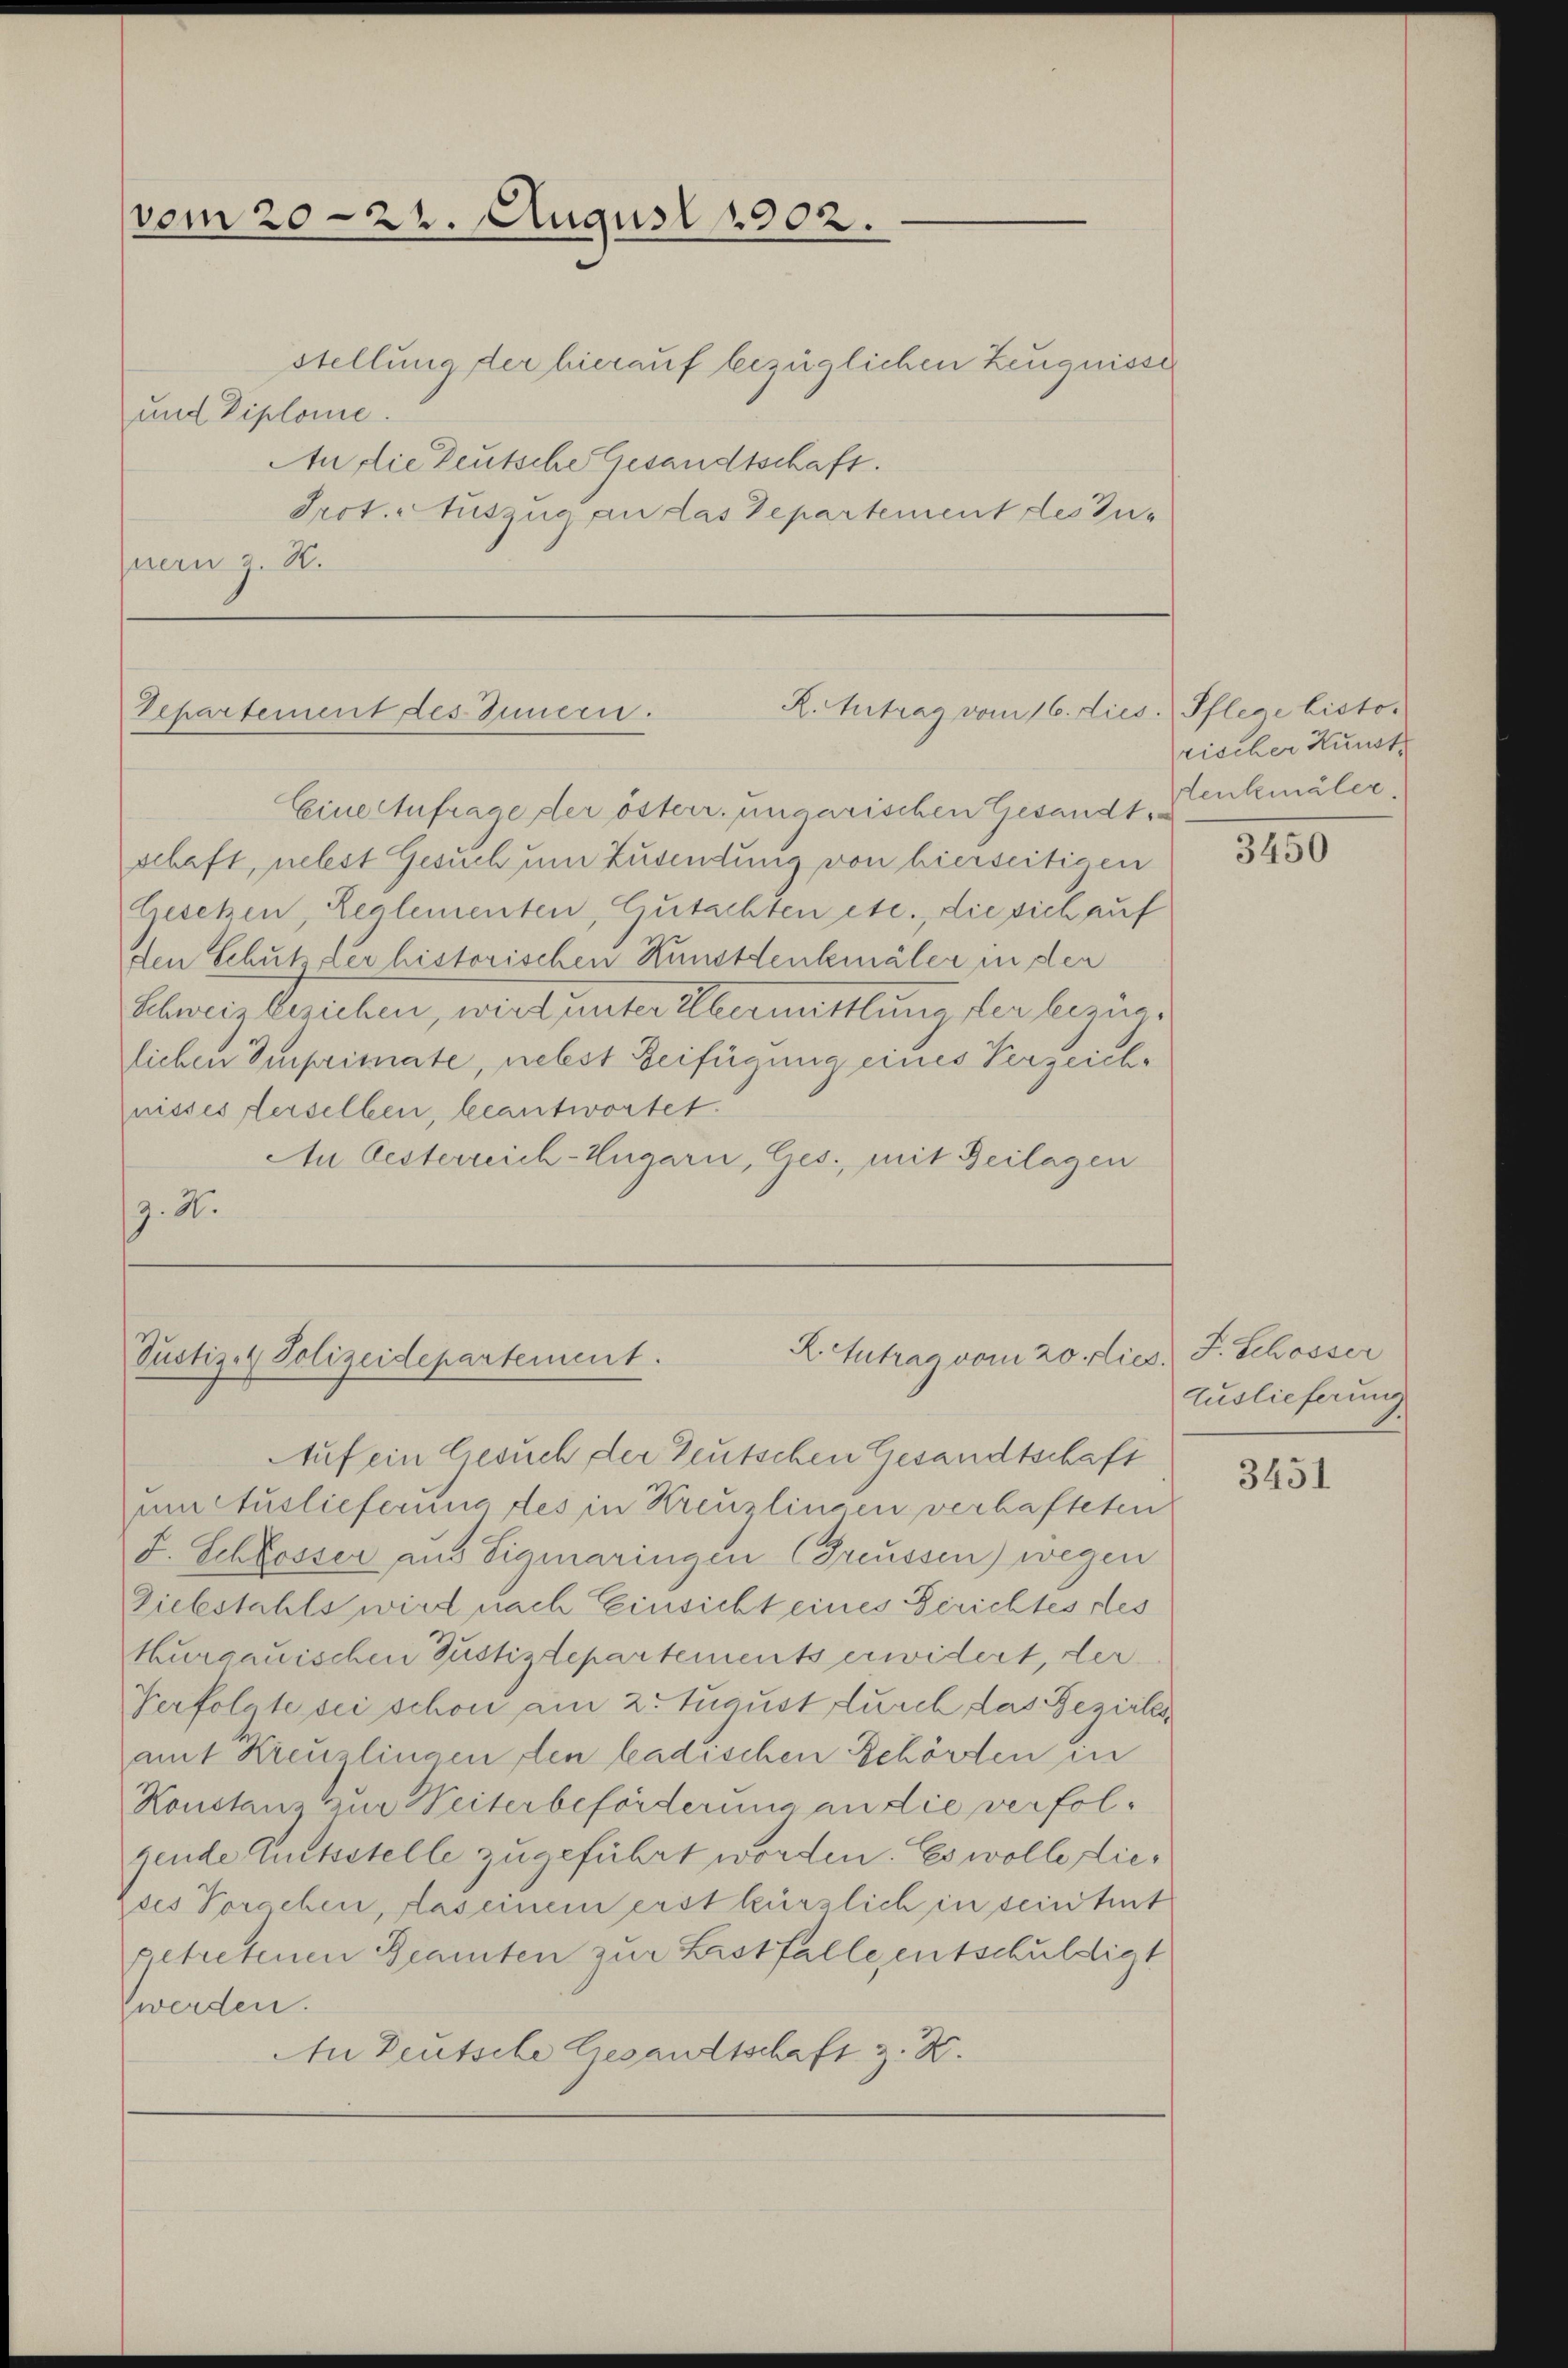
vom 20—22. August 1902.

stellung der hierauf bezüglichen Zeugnisse
und Diplome.
An die Deutsche Gesandtschaft.
Prot. Auszug an das Departement des Zu-
nern z. B.

R. Antrag vom 16. dies. Pflege histo¬
Departement des Innern.

Eine Aufrage der österr. ungarischen Gesandt, Lenkmäler,
schaft, nebst Gesuch um Zusendung von hierseitigen
Gesetzen, Realementen, Gutachten etc., die sich auf
den Schutz der historischen Kunstdenkmäler in der
Schweiz besichen, wird unter Übermittlung der bezüglichen Imprimate, nebst Beifügung eines Verzeiche
nisses ferselben, beantwortet.
An Oesterreich-Ungarn, Ges., mit Zeilagen
g. 21.

X. Antrag vom 20. dies. J. Schosser
Pustiz- & Polizeidepartement.

Auf ein Gesuch der Teutschen Gesandtschaft
um Auslieferung des in Kreuzlingen verhafteten
F. Schlosser aus Sigmaringen (Greussen) wegen
Ziebstahls wird nach Einsicht eines Gerichtes des
Kurgauischen Justizdepartements erwidert, der
Verfolgte sei schon am 2. August durch das Bezirksat Kreuzlingen den badischen Behörden in
Konstanz zur Weiterbeförderung an die verfolgende Gutsstelle zugeführt worden. Es wolle diedes Vorschen, das einem erst kürzlich in sein heut
getretenen Beamten zur Listfalle entschuldigt
werden.
An Deutsche Gesandtschaft z. B.

rischer Kunst

3450

Auslieferung

3451